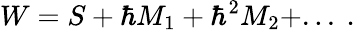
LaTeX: W=S+\hbar M_{1}+\hbar^{2}M_{2}+...\ .